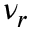
\nu _ { r }